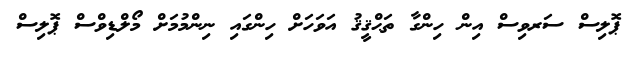
ޕޮލިސް ސަރވިސް އިން ހިންގާ ތަޙްޤީޤު އަވަހަށް ހިންގައި ނިންމުމަށް މޯލްޑިވްސް ޕޮލިސް